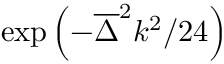
\exp \left( - \overline { { \Delta } } ^ { 2 } k ^ { 2 } / 2 4 \right)